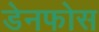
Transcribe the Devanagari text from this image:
डेनफोस